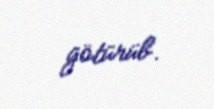
götürüb.